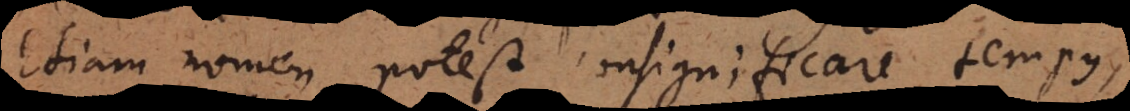
Etiam nomen potest consignificare tempus,